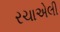
રચાએલી